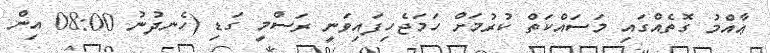
ޢާއްމު ގޮތެއްގައި މަސައްކަތް ކުރުމަށް ހަމަޖެހިފައިވަނީ ރަސްމީ ގަޑި (ހެނދުނު 08:00 އިން